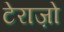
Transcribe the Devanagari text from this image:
टेराज़ो